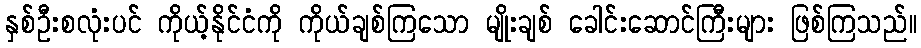
နှစ်ဦးစလုံးပင် ကိုယ့်နိုင်ငံကို ကိုယ်ချစ်ကြသော မျိုးချစ် ခေါင်းဆောင်ကြီးများ ဖြစ်ကြသည်။